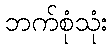
ဘက်စုံသုံး